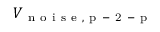
V _ { \mathrm { ~ n ~ o ~ i ~ s ~ e ~ , ~ p ~ - ~ 2 ~ - ~ p ~ } }